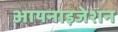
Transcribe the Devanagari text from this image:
आयनाइजेशन